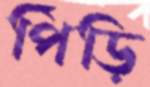
পিঁড়ি